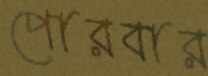
পোরবার